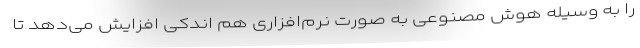
را به وسیله هوش مصنوعی به صورت نرم‌افزاری هم اندکی افزایش می‌دهد تا